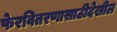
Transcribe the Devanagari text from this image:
फेरवितरणासाठीदेखील